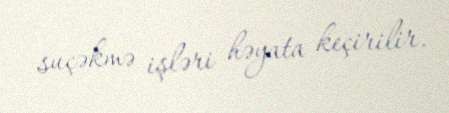
suçəkmə işləri həyata keçirilir.